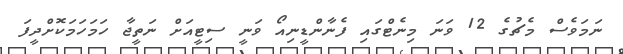
ނަމަވެސް މެޗުގެ 12 ވަނަ މިނެޓްގައި ފެނާންޑީނިއޯ ވަނީ ސިޓީއަށް ނަތީޖާ ހަމަހަމަކޮށްދީފަ